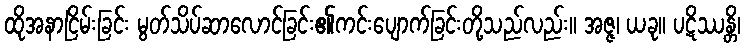
ထိုအနာငြိမ်းခြင်း မွတ်သိပ်ဆာလောင်ခြင်း၏ကင်းပျောက်ခြင်းတို့သည်လည်း။ အဇ္ဇ၊ ယခု။ ပဋိဿန္တိ၊